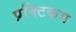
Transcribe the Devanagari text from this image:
प्रक्टिकम